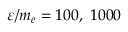
\varepsilon / m _ { e } = 1 0 0 , \ 1 0 0 0